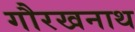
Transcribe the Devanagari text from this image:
गौरखनाथ